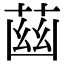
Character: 𦱳